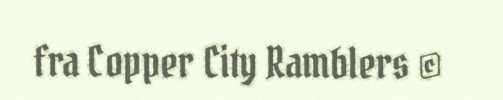
fra Copper City Ramblers ©